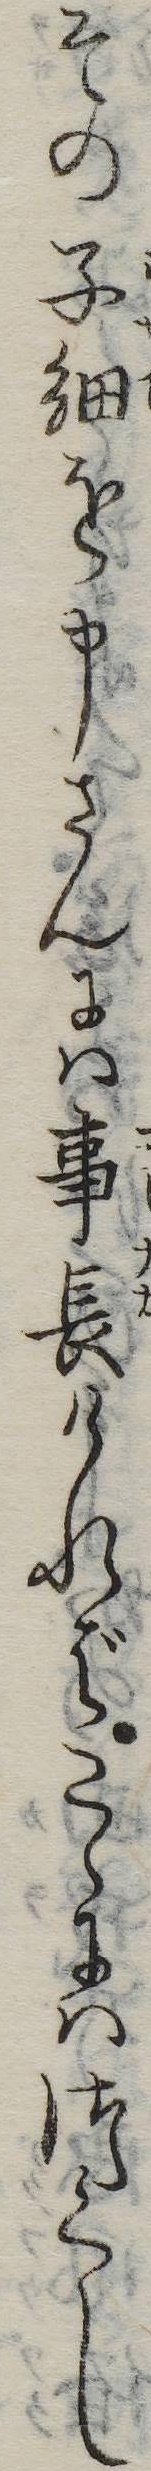
その子細を申さんには事長ければこゝにはつくし